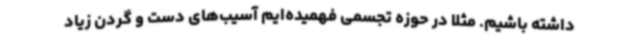
داشته باشیم. مثلا در حوزه‌ تجسمی فهمیده‌ایم آسیب‌های دست و گردن زیاد